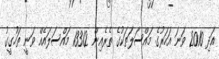
އަދި 2010 ވަނަ އަހަރުގެ މައްސަލަތަކުގެ ތެރެއިން 13312 މައްސަލައެއް ވަނީ ތަހުގީގު